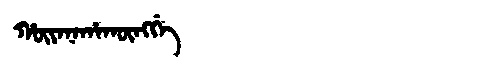
Manchu: ᡥᡡᠶᠠᠨᠠᡥᠠᡴᡡᠩᡤᡝ
Romanization: HŪYANAHAKŪNGGE